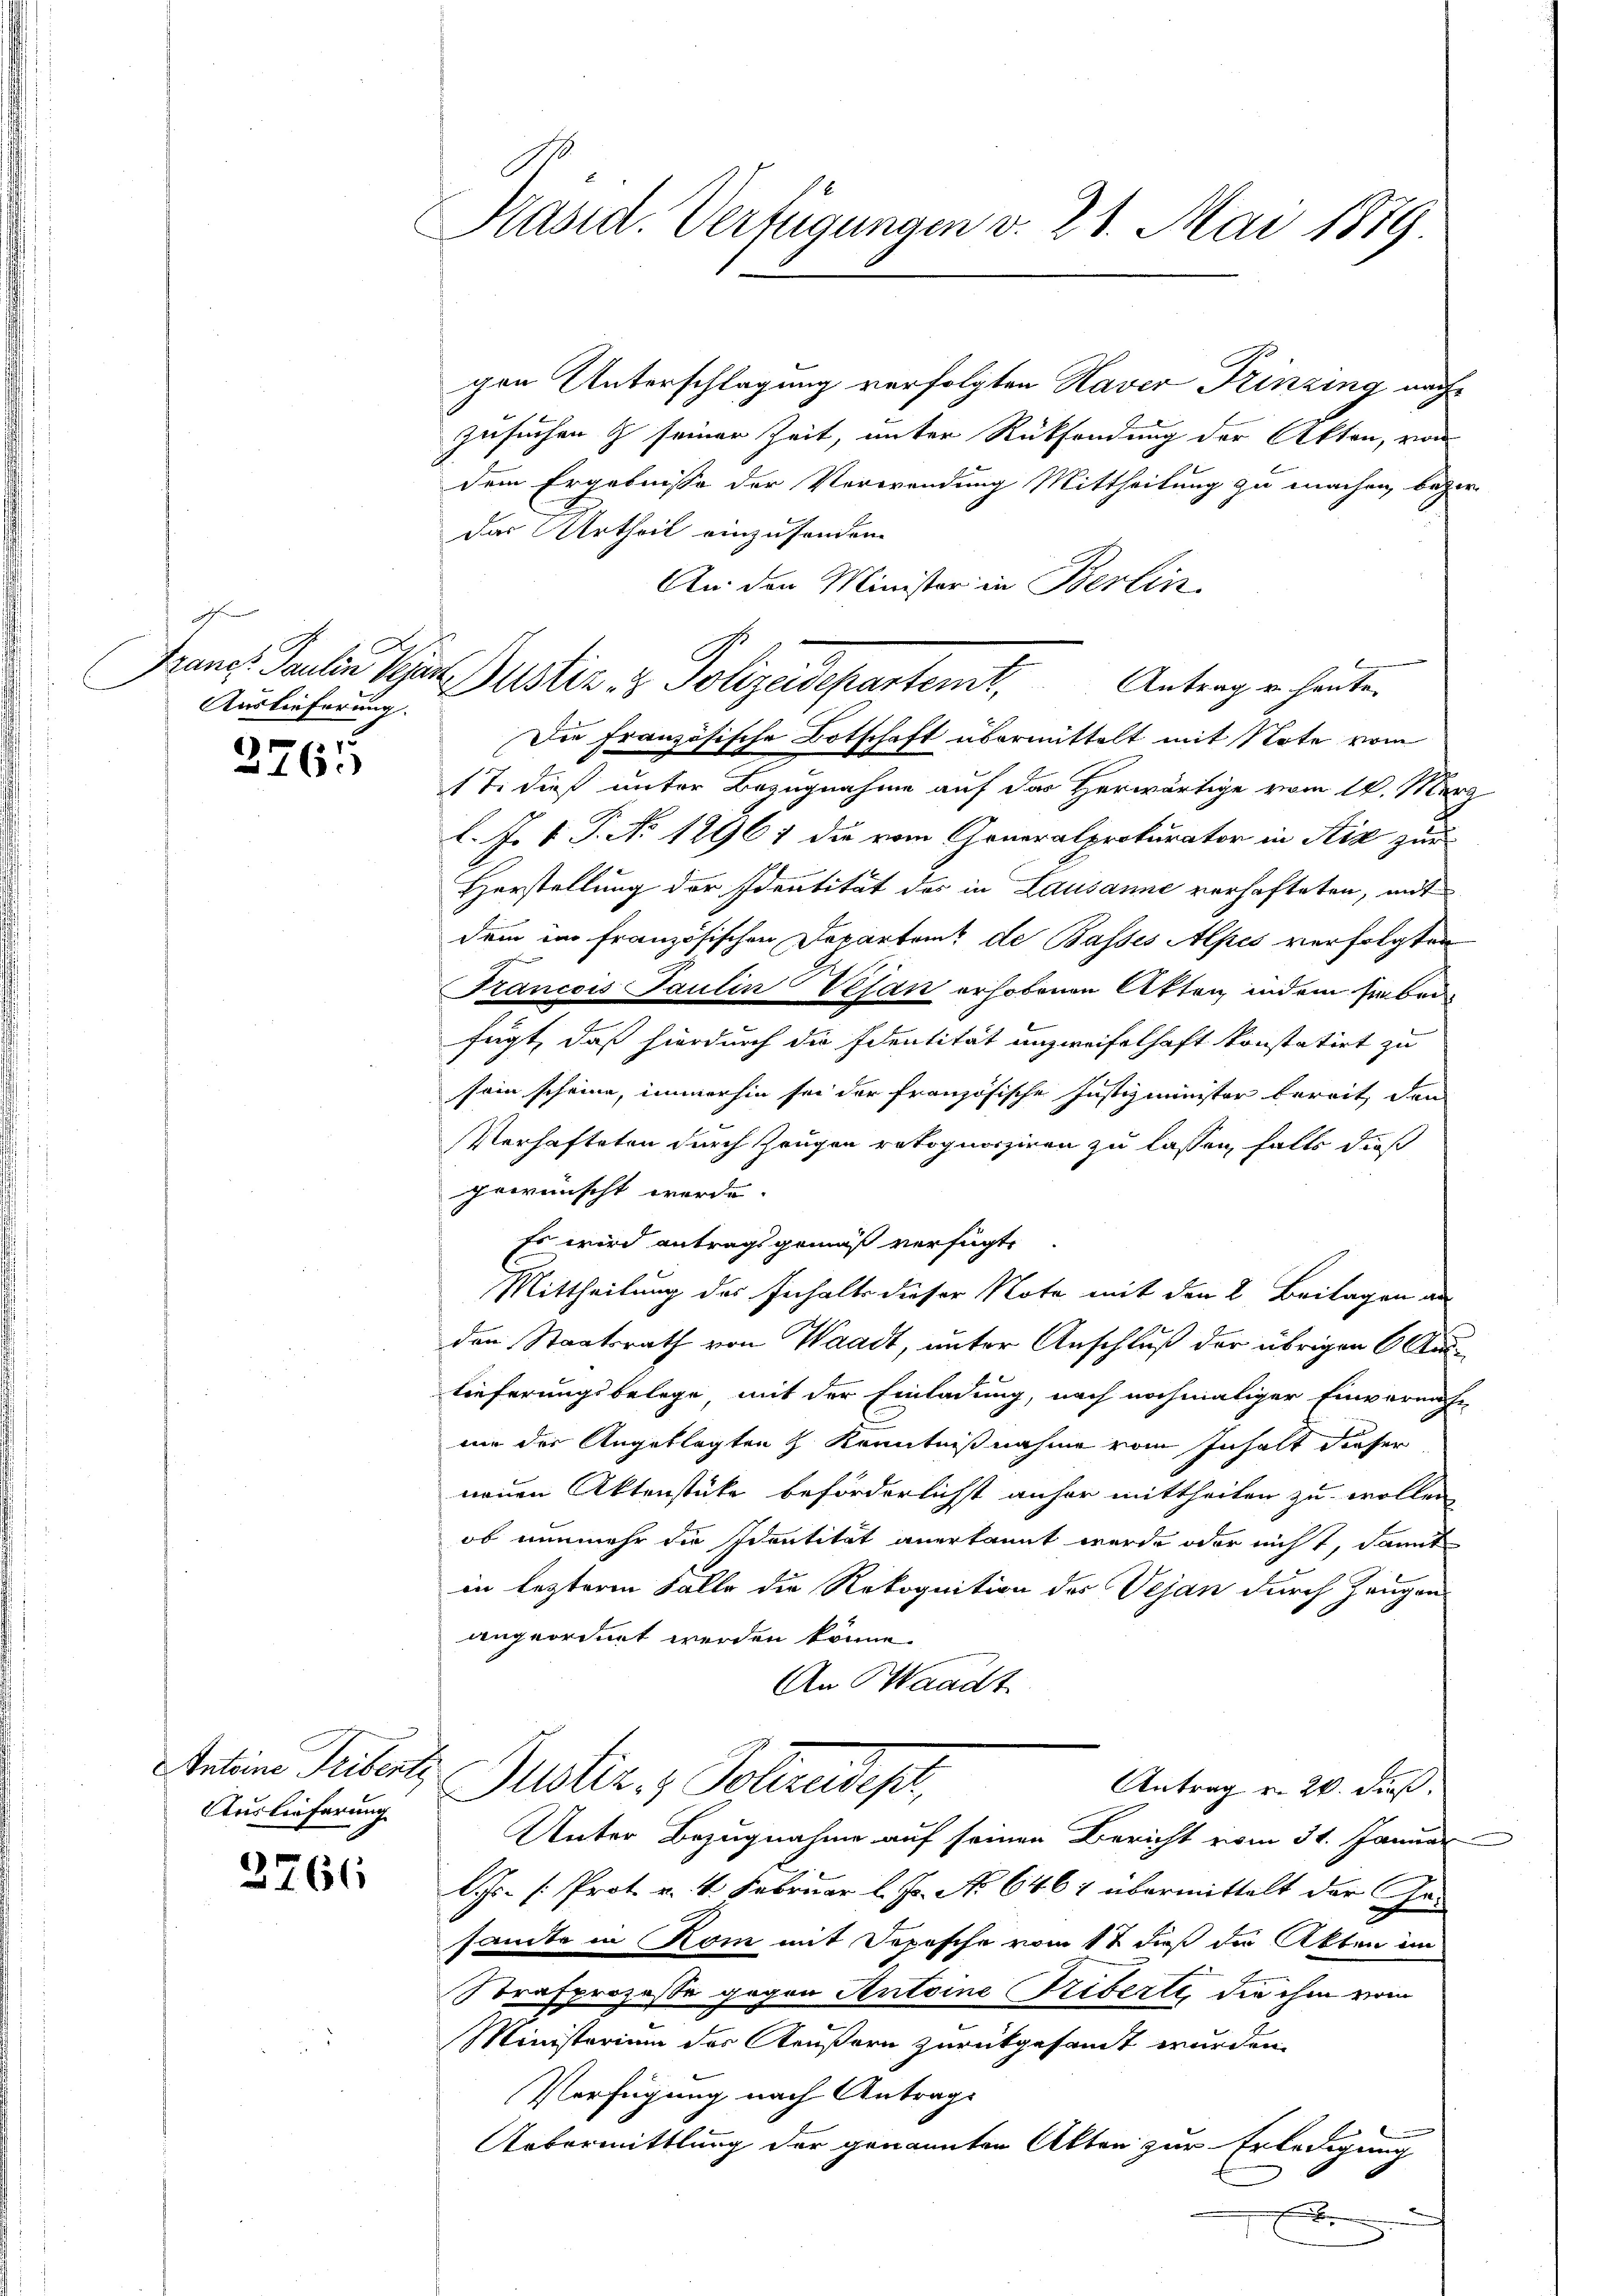
I
Auslieferung. |

3765

Antoine Tribente
Auslieferung

3766

Präsid. Verfügungen v. 21. Mai 1879.

gen Unterschlagung verfolgten Haver Prinzing nachzusuchen & seiner Zeit, unter Rücksendung der Akten, von
dem Ergebnisse der Verwendung Mittheilung zu machen, bezir
Das Urtheil einzusonden.
An den Minister in Berlin.
Die Französische Botschaft übermittelt mit Note vom
17. dieß unter Bezugnahme auf das Herwärtige vom 14. März
l. J. V. P. No 12961 die vom Generalprokurator in Stiz zur
Herstellung der Identität des in Lausanne verhafteten, mit
dem im französischen Departeme de Basses Alpes verfolgten
Francois Paulin Vesan erhobenen Akten indem haben
fügt, daß hierdurch die Identität unzweifelhaft konstatirt zu
sein scheine, immerhin sei der französische Justizminister bereit, den
Verhafteten durch Zeugen retognosziren zu lassen, falls daß
gewünscht werde. |
Es wird antragsgemäß verfügte
Mittheilung des Inhalts dieser Note mit den 2. Beilagen an
den Staatsrath von Waadt, unter Anschluß der übrigen Auslieferungsbelege, mit der Einladung, nach nochmaliger Einvernahm
mie der Angeklagten z Kenntnißnahme vom Inhalt dieser
neuen Aktenstücke beförderlichst anfer mittheilen zu wollen
ob nunmehr die Identität anerkannt werde oder nicht, damit
in lezteren Falle die Rekognition der Vejan durch Zeugen
angeordnet werden könne.
An Waadt
Justiz- & Polizeides,
Antrag v. 24. dieß.
Unter Bezugnahme auf seinen Bericht vom 31. Januar
lJs /: Prot. v. 4. Februar l. Js. No 6467 übermittelt der Gru
samte in Kom mit Sopische vom 12 dieß die Akten im
Strafprozesse gegen Antoine Triberte, die ihm vom
Ministerium des Aeußern zurückgesandt wurden.
Verfügung nach Antrags
Uebermittlung der genannten Alten zur Erledigung
x
e

Prang. Paulin Par Justiz & Polizeidepartent. Antrag er heute